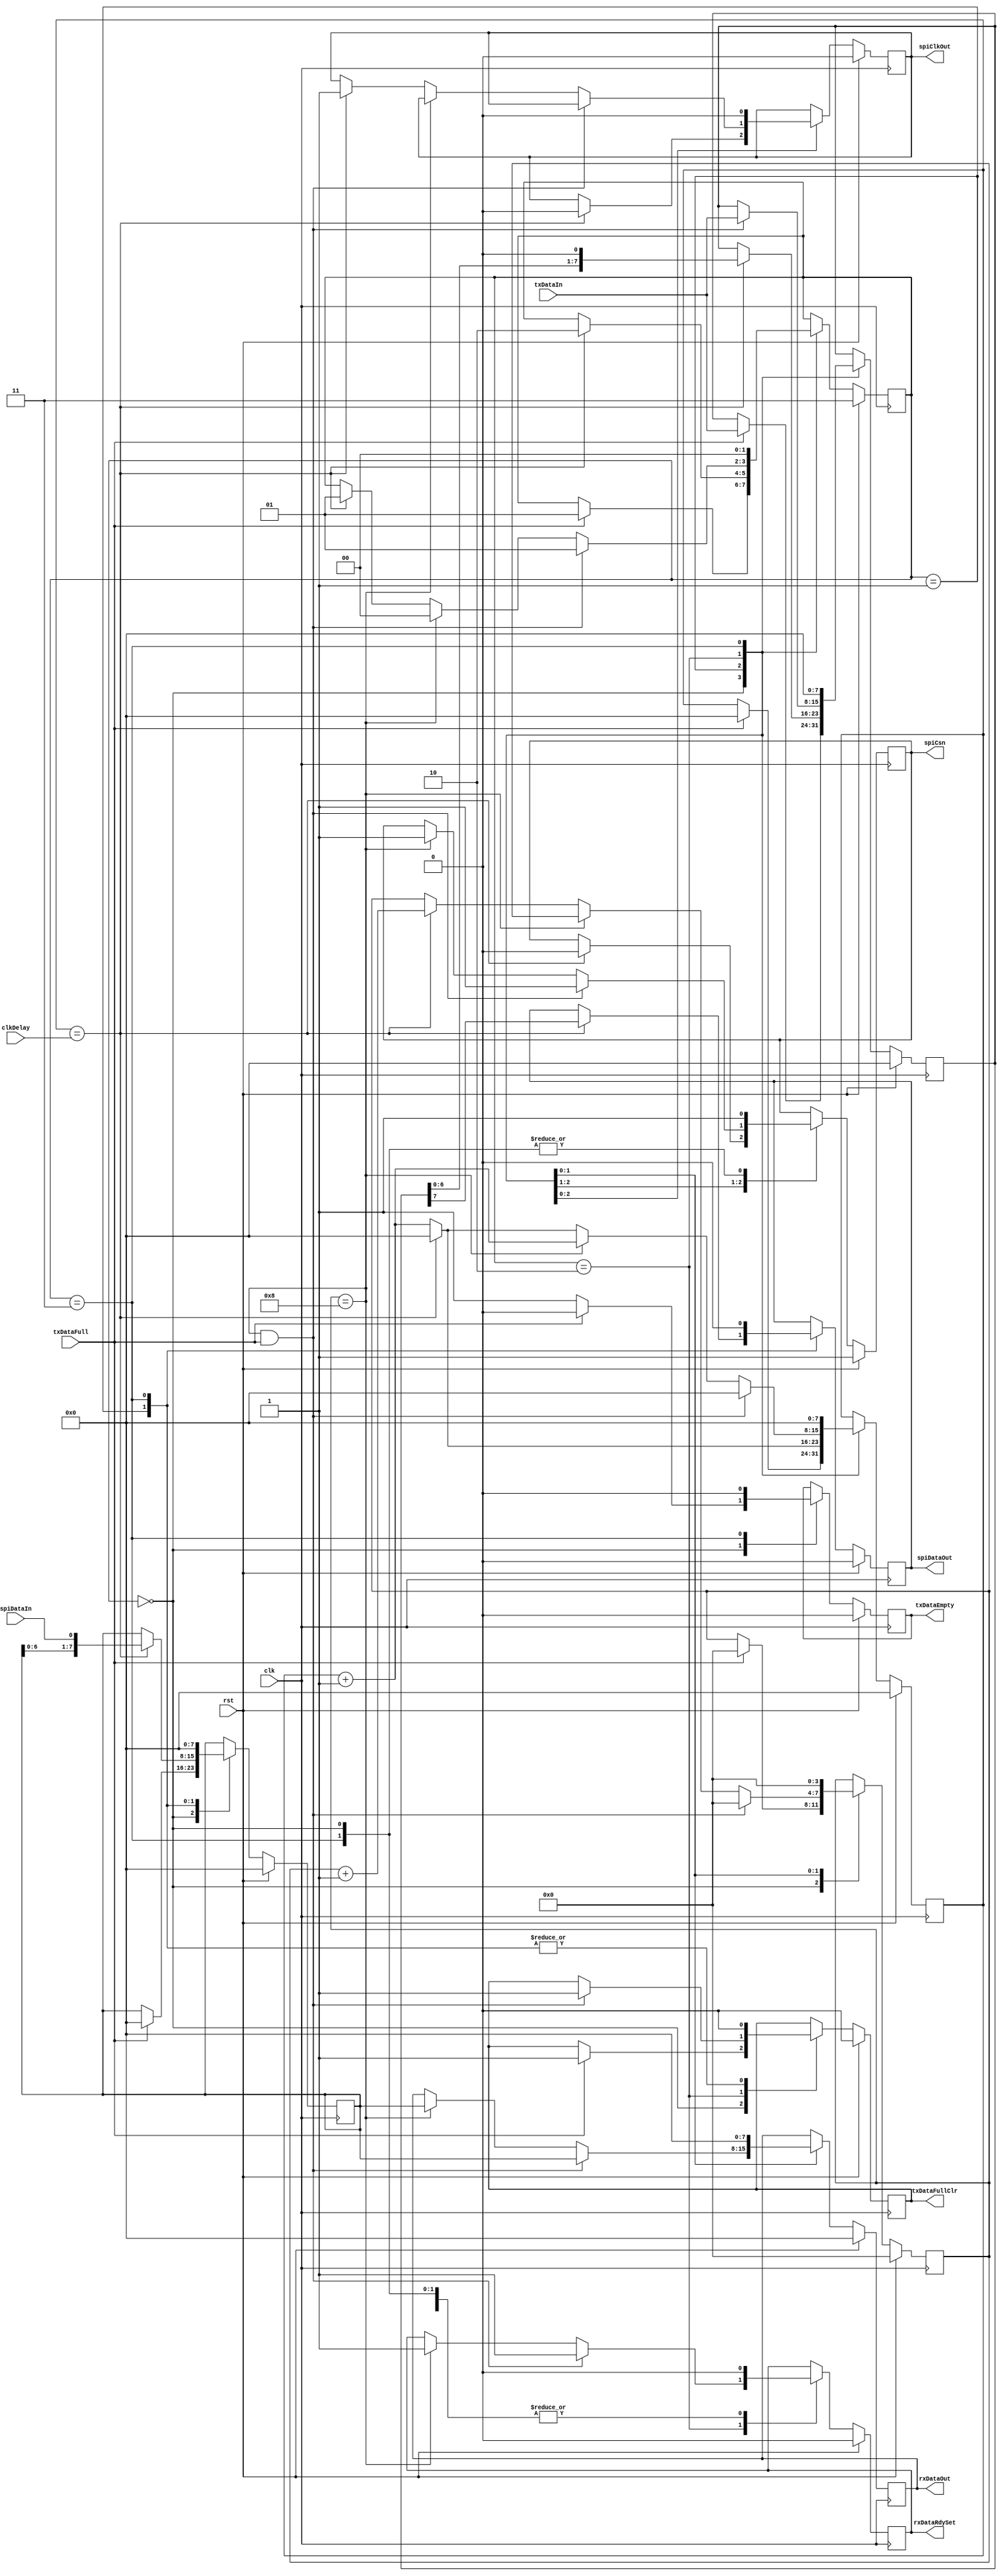
module readWriteSPIWireData
				(
				input 			clk,
				input[7:0]	clkDelay,
				input 			rst,
				
				output[7:0]	rxDataOut,
				output 			rxDataRdySet,
				
				output 			spiClkOut,
				input  			spiDataIn,
				output 			spiDataOut,
				output			spiCsn,
				
				output 			txDataEmpty,
				input  			txDataFull,
				output 			txDataFullClr,
				input[7:0] 	txDataIn
				);
//input   			clk;
//input   [7:0]	clkDelay;
//input   			rst;
//input   			spiDataIn;
//input   			txDataFull;
//
//input   [7:0]	txDataIn;
//output  [7:0]	rxDataOut;
//output  			rxDataRdySet;
//output  			spiClkOut;//
//output  			spiDataOut;
//output  			txDataEmpty;
//output  			txDataFullClr;

wire    			clk;
wire    [7:0]	clkDelay;
wire    			rst;
reg     [7:0]	rxDataOut,next_rxDataOut;
reg     			rxDataRdySet,next_rxDataRdySet;
reg     			spiClkOut,next_spiClkOut;
wire    			spiDataIn;
reg     			spiDataOut,next_spiDataOut;
reg     			txDataEmpty,next_txDataEmpty;
wire    			txDataFull;
reg     			txDataFullClr,next_txDataFullClr;
wire    [7:0]	txDataIn;
reg 					spiCsn,next_spiCsn;
//diagram signals declarations
reg 		[3:0]	bitCnt,next_bitCnt;
reg 		[7:0]	clkDelayCnt,next_clkDelayCnt;
reg 		[7:0]	rxDataShiftReg,next_rxDataShiftReg;
reg 		[7:0]	txDataShiftReg,next_txDataShiftReg;

// BINARY ENCODED state machine: rwSPISt
// State codes definitions:
`define WT_TX_DATA 	2'b00
`define CLK_HI 			2'b01
`define CLK_LO 			2'b10
`define ST_RW_WIRE 	2'b11

reg [1:0]CurrState_rwSPISt, NextState_rwSPISt;

// Diagram actions (continuous assignments allowed only: assign ...)
// diagram ACTION


// Machine: rwSPISt

// NextState logic (combinatorial)
always @( txDataFull or
					txDataIn or
					clkDelayCnt or
					clkDelay or
					txDataShiftReg or
					rxDataShiftReg or
					spiDataIn or
					bitCnt or
					rxDataRdySet or
					txDataEmpty or
					txDataFullClr or
					spiClkOut or
					spiDataOut or
					rxDataOut or
					CurrState_rwSPISt or
					spiCsn )
begin
  	NextState_rwSPISt 	<= CurrState_rwSPISt;
  	// Set default values for outputs and signals
  	next_rxDataRdySet 	<= rxDataRdySet;
  	next_txDataEmpty 		<= txDataEmpty;
  	next_txDataShiftReg <= txDataShiftReg;
  	next_rxDataShiftReg <= rxDataShiftReg;
  	next_bitCnt 				<= bitCnt;
  	next_clkDelayCnt 		<= clkDelayCnt;
  	next_txDataFullClr 	<= txDataFullClr;
  	next_spiClkOut 			<= spiClkOut;
  	next_spiDataOut 		<= spiDataOut;
  	next_rxDataOut 			<= rxDataOut; 
  	next_spiCsn					<= spiCsn;
  	case ( CurrState_rwSPISt )// synopsys parallel_case full_case
  	`WT_TX_DATA:
  	begin
  	  	next_rxDataRdySet <= 1'b0;
  	  	next_txDataEmpty 	<= 1'b1;
  	  	next_spiCsn				<= 1'b1;
  	  	if ( txDataFull == 1'b1 )
  	  	begin
  	  	  	NextState_rwSPISt 	<= `CLK_HI;
  	  	  	next_txDataShiftReg <= txDataIn; 
  	  	  	
  	  	  	next_rxDataShiftReg <= 8'h00;
  	  	  	next_bitCnt 				<= 4'h0;
  	  	  	next_clkDelayCnt 		<= 8'h00;
  	  	  	next_txDataFullClr 	<= 1'b1;
  	  	  	next_txDataEmpty 		<= 1'b0;
  	  	end
  	end
  	`CLK_HI:
  	begin
  	  	next_clkDelayCnt 		<= clkDelayCnt + 1'b1;
  	  	next_txDataFullClr 	<= 1'b0;
  	  	next_rxDataRdySet 	<= 1'b0;
  	  	if ( clkDelayCnt == clkDelay )
  	  	begin
  	  	  	NextState_rwSPISt 	<= `CLK_LO;
			next_spiCsn					<= 1'b0;
  	  	  	next_spiClkOut 			<= 1'b0;
  	  	  	next_spiDataOut 		<= txDataShiftReg[7];
  	  	  	next_txDataShiftReg <= {txDataShiftReg[6:0], 1'b0};
  	  	  	next_rxDataShiftReg <= {rxDataShiftReg[6:0], spiDataIn};
  	  	  	next_clkDelayCnt 		<= 8'h00;
  	  	end
  	end
  	`CLK_LO:
  	begin
  	  	next_clkDelayCnt <= clkDelayCnt + 1'b1;
  	  	if (( bitCnt == 4'h8 ) && ( txDataFull == 1'b1 ))
  	  	begin
  	  	  	NextState_rwSPISt 	<= `CLK_HI;
  	  	  	next_rxDataRdySet 	<= 1'b1;
  	  	  	next_rxDataOut 			<= rxDataShiftReg;
  	  	  	next_txDataShiftReg <= txDataIn;
  	  	  	next_bitCnt 				<= 3'b000;
  	  	  	next_clkDelayCnt 		<= 8'h00;
  	  	  	next_txDataFullClr 	<= 1'b1;
			next_spiCsn					<= 1'b1;
  	  	end
  	  	else if ( bitCnt == 4'h8 )
  	  	begin
  	  	  	NextState_rwSPISt <= `WT_TX_DATA;
  	  	  	next_rxDataRdySet <= 1'b1;
  	  	  	next_rxDataOut 		<= rxDataShiftReg;
			next_spiCsn					<= 1'b1;
  	  	end
  	  	else if ( clkDelayCnt == clkDelay )
  	  	begin
  	  	  	NextState_rwSPISt <= `CLK_HI;
  	  	  	next_spiClkOut 		<= 1'b1;
  	  	  	next_bitCnt 			<= bitCnt + 1'b1;
  	  	  	next_clkDelayCnt 	<= 8'h00;
  	  	end
  	end
  	`ST_RW_WIRE:
  	begin
  	  	next_bitCnt 				<= 4'h0;
  	  	next_clkDelayCnt 		<= 8'h00;
  	  	next_txDataFullClr 	<= 1'b0;
  	  	next_rxDataRdySet 	<= 1'b0;
  	  	next_txDataShiftReg <= 8'h00;
  	  	next_rxDataShiftReg <= 8'h00;
  	  	next_rxDataOut 			<= 8'h00;
  	  	next_spiDataOut 		<= 1'b0;
  	  	next_spiClkOut 			<= 1'b0;
  	  	next_txDataEmpty 		<= 1'b0;     
  	  	next_spiCsn					<= 1'b1;
  	  	NextState_rwSPISt 	<= `WT_TX_DATA;
  	end
  	endcase
end
// Current State Logic (sequential)
always @ (posedge clk)
begin
  	if ( rst == 1'b1 )
  	begin
  	  	CurrState_rwSPISt <= `ST_RW_WIRE;
  	end
  	else
  	begin
  	  	CurrState_rwSPISt <= NextState_rwSPISt;
  	end
end
// Registered outputs logic
always @ ( posedge clk )
begin
  	if (rst == 1'b1)
  	begin
  	  	rxDataRdySet 		<= 1'b0;
  	  	txDataEmpty 		<= 1'b0;
  	  	txDataFullClr 	<= 1'b0;
  	  	spiClkOut 			<= 1'b0;
  	  	spiDataOut 			<= 1'b0;
  	  	rxDataOut 			<= 8'h0;
  	  	txDataShiftReg 	<= 8'h0;
  	  	rxDataShiftReg 	<= 8'h0;
  	  	bitCnt 					<= 4'h0;
  	  	clkDelayCnt 		<= 8'h0; 
  	  	spiCsn					<= 1'b1;
  	end
  	else
  	begin
  	  	rxDataRdySet 		<= next_rxDataRdySet;
  	  	txDataEmpty 		<= next_txDataEmpty;
  	  	txDataFullClr 	<= next_txDataFullClr;
  	  	spiClkOut 			<= next_spiClkOut;
  	  	spiDataOut 			<= next_spiDataOut;
  	  	rxDataOut 			<= next_rxDataOut;
  	  	txDataShiftReg 	<= next_txDataShiftReg;
  	  	rxDataShiftReg 	<= next_rxDataShiftReg;
  	  	bitCnt 					<= next_bitCnt;
  	  	clkDelayCnt 		<= next_clkDelayCnt;
  	  	spiCsn					<= next_spiCsn;
  	end
end
endmodule